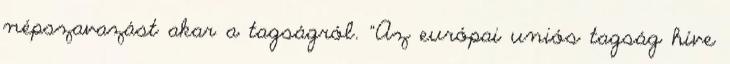
népszavazást akar a tagságról. "Az európai uniós tagság híve